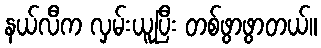
နယ်လီက လှမ်းယူပြီး တစ်ဖွာဖွာတယ်။